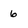
Character: 6